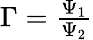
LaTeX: \begin{array}{r}{\Gamma=\frac{\Psi_{1}}{\Psi_{2}}}\end{array}